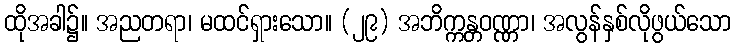
ထိုအခါ၌။ အညတရာ၊ မထင်ရှားသော။ (၂၉) အဘိက္ကန္တဝဏ္ဏာ၊ အလွန်နှစ်လိုဖွယ်သော